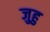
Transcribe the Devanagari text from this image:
जुहु